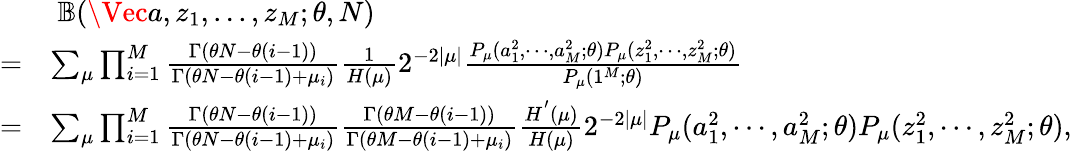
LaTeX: \begin{array}{rl}&{\ \mathbb{B}(\Vec{a},z_{1},...,z_{M};\theta,N)}\\ {=}&{\sum_{\mu}\prod_{i=1}^{M}\frac{\Gamma(\theta N-\theta(i-1))}{\Gamma(\theta N-\theta(i-1)+\mu_{i})}\frac{1}{H(\mu)}2^{-2|\mu|}\frac{P_{\mu}(a_{1}^{2},\cdots,a_{M}^{2};\theta)P_{\mu}(z_{1}^{2},\cdots,z_{M}^{2};\theta)}{P_{\mu}(1^{M};\theta)}}\\ {=}&{\sum_{\mu}\prod_{i=1}^{M}\frac{\Gamma(\theta N-\theta(i-1))}{\Gamma(\theta N-\theta(i-1)+\mu_{i})}\frac{\Gamma(\theta M-\theta(i-1))}{\Gamma(\theta M-\theta(i-1)+\mu_{i})}\frac{H^{'}(\mu)}{H(\mu)}2^{-2|\mu|}P_{\mu}(a_{1}^{2},\cdots,a_{M}^{2};\theta)P_{\mu}(z_{1}^{2},\cdots,z_{M}^{2};\theta),}\end{array}